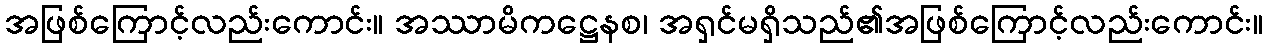
အဖြစ်ကြောင့်လည်းကောင်း။ အဿာမိကဋ္ဌေနစ၊ အရှင်မရှိသည်၏အဖြစ်ကြောင့်လည်းကောင်း။